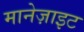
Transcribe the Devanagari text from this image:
मानेज़ाइट